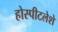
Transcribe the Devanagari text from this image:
होस्पीटलेशे